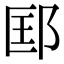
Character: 邼